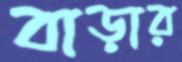
বাড়ার